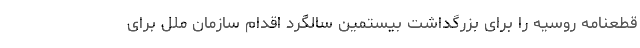
قطعنامه روسیه را برای بزرگداشت بیستمین سالگرد اقدام سازمان ملل برای